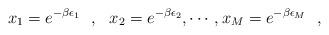
LaTeX: \begin{align*}x_1=e^{-\beta\epsilon_1}~~,~~x_2=e^{-\beta \epsilon_2}, \cdots, x_M=e^{-\beta\epsilon_M}\,\,\,\,,\end{align*}